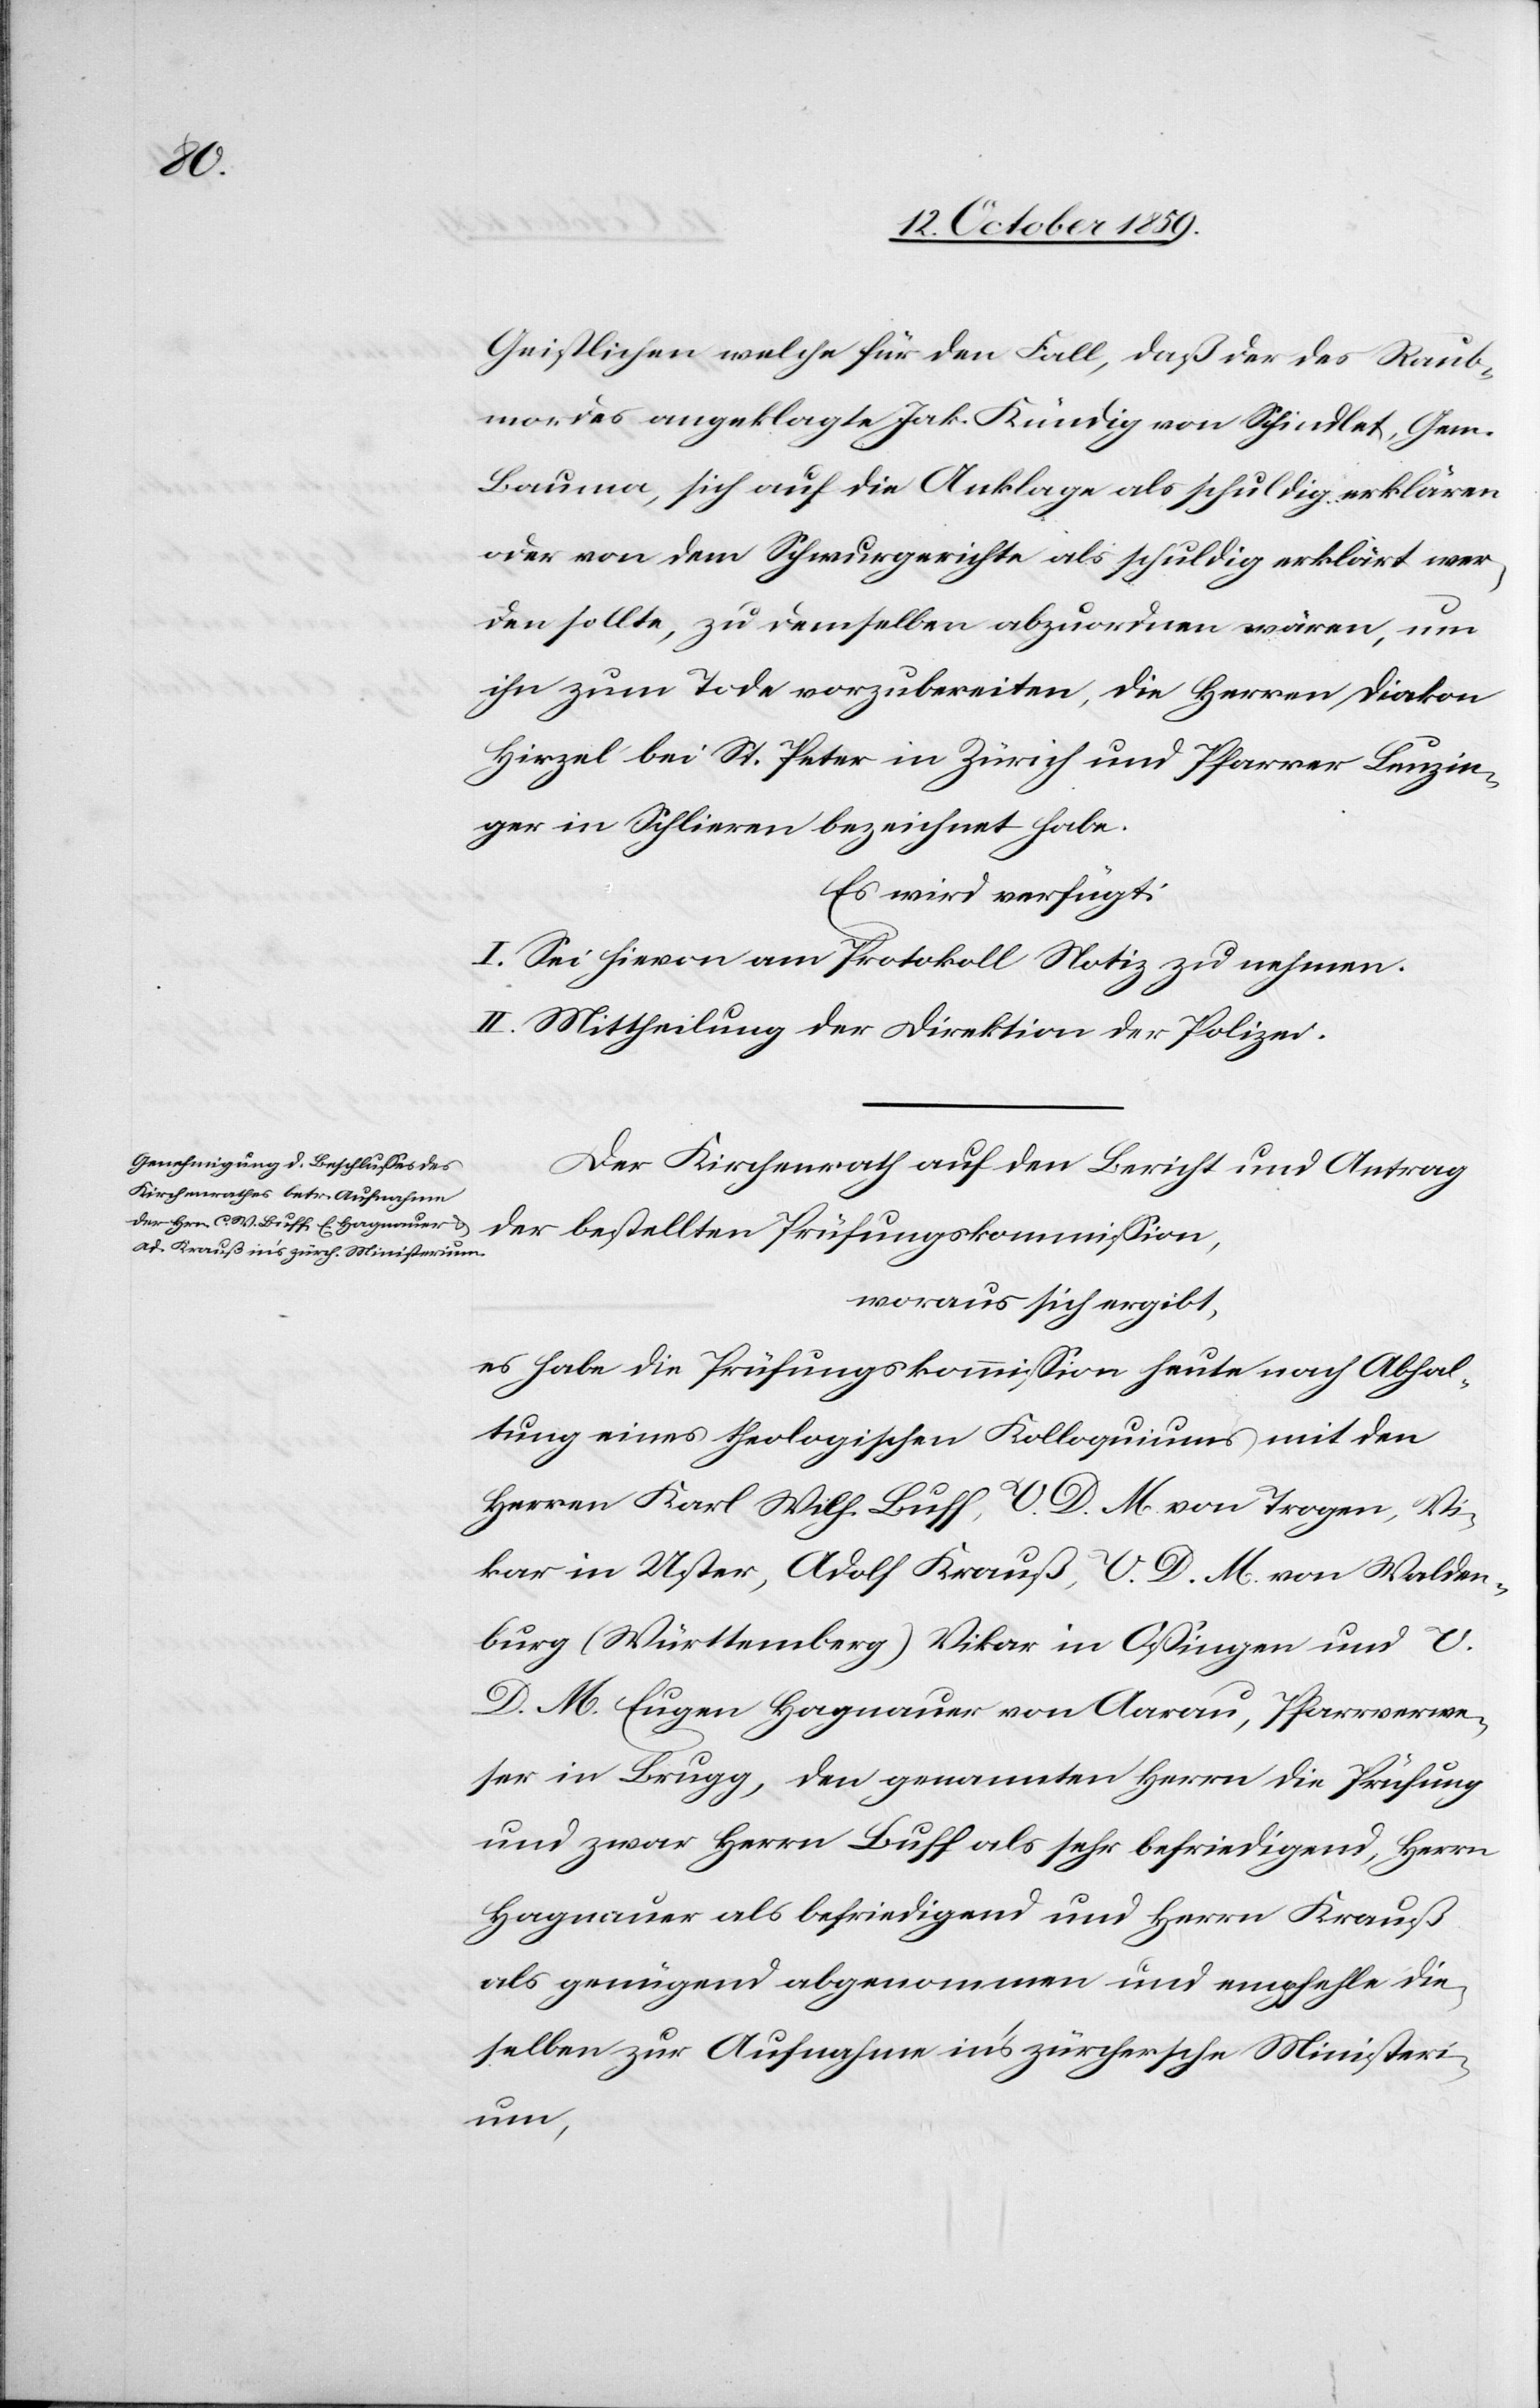
Geistlichen welche für den Fall, daß der des Raub¬
mordes angeklagte Jak. Kündig von Schindlet, Gem.
Bauma, sich auf die Anklage als schuldig erklären
oder von dem Schwurgerichte als schuldig erklärt wer¬
den sollte, zu demselben abzuordnen wären, um
ihn zum Tode vorzubereiten, die Herren Diakon
Hirzel bei St. Peter in Zürich und Pfarrer Lunzin¬
ger in Schlieren bezeichnet habe,
Es wird verfügt:
I. Sei hievon am Protokoll Notiz zu nehmen.
II. Mittheilung der Direktion der Polizei.
Der Kirchenrath auf den Bericht und Antrag
der bestellten Prüfungskommission,
woraus sich ergibt,
es habe die Prüfungskommission heute noch Abhal¬
tung eines Theologischen Kolloquiums mit den
Herren Karl [sic!] Wilf. Buff, V. D. M. von Trogen, Vi¬
kar in Uster, Adolf Krauß, V. D M. von Walden¬
burg (Württemberg) Vikar in Ossingen und V.
D. M. Eugen Hagnauer von Aarau, Pfarrverwe¬
ser in Brugg, den genannten Herrn die Prüfung
und zwar Herrn Buff als sehr befriedigend, Herrn
Hagnauer als befriedigend und Herrn Krauß
als genügend abgenommen und empfehle die¬
selben zur Aufnahme in's zürchersche Ministeri¬
um,